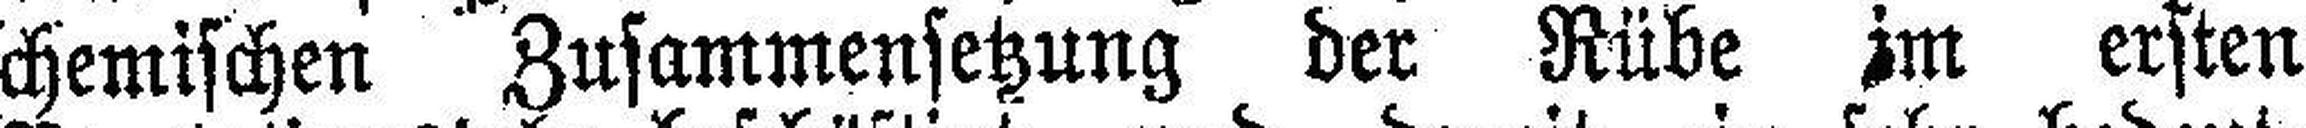
chemischen Zusammensetzung der Rübe im ersten